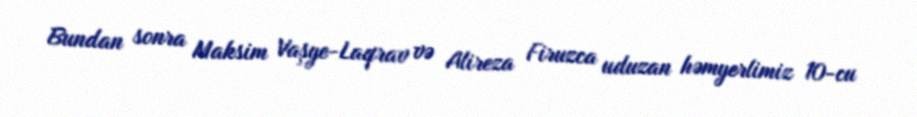
Bundan sonra Maksim Vaşye-Laqrav və Alireza Firuzca uduzan həmyerlimiz 10-cu